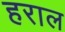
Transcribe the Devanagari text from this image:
हराल